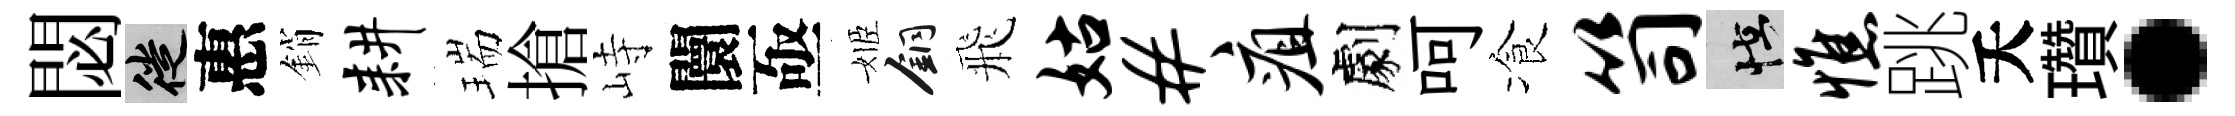
閟徙惠銷耕瑞搶峙闤亟姬銅飛姑#疽劇呵飡笥怪憔跳夭瓚·